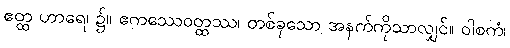
ဧတ္ထ ဟာရေ၊ ၌။ ဧကဿေဝတ္ထဿ၊ တစ်ခုသော အနက်ကိုသာလျှင်။ ဝါစကံ၊